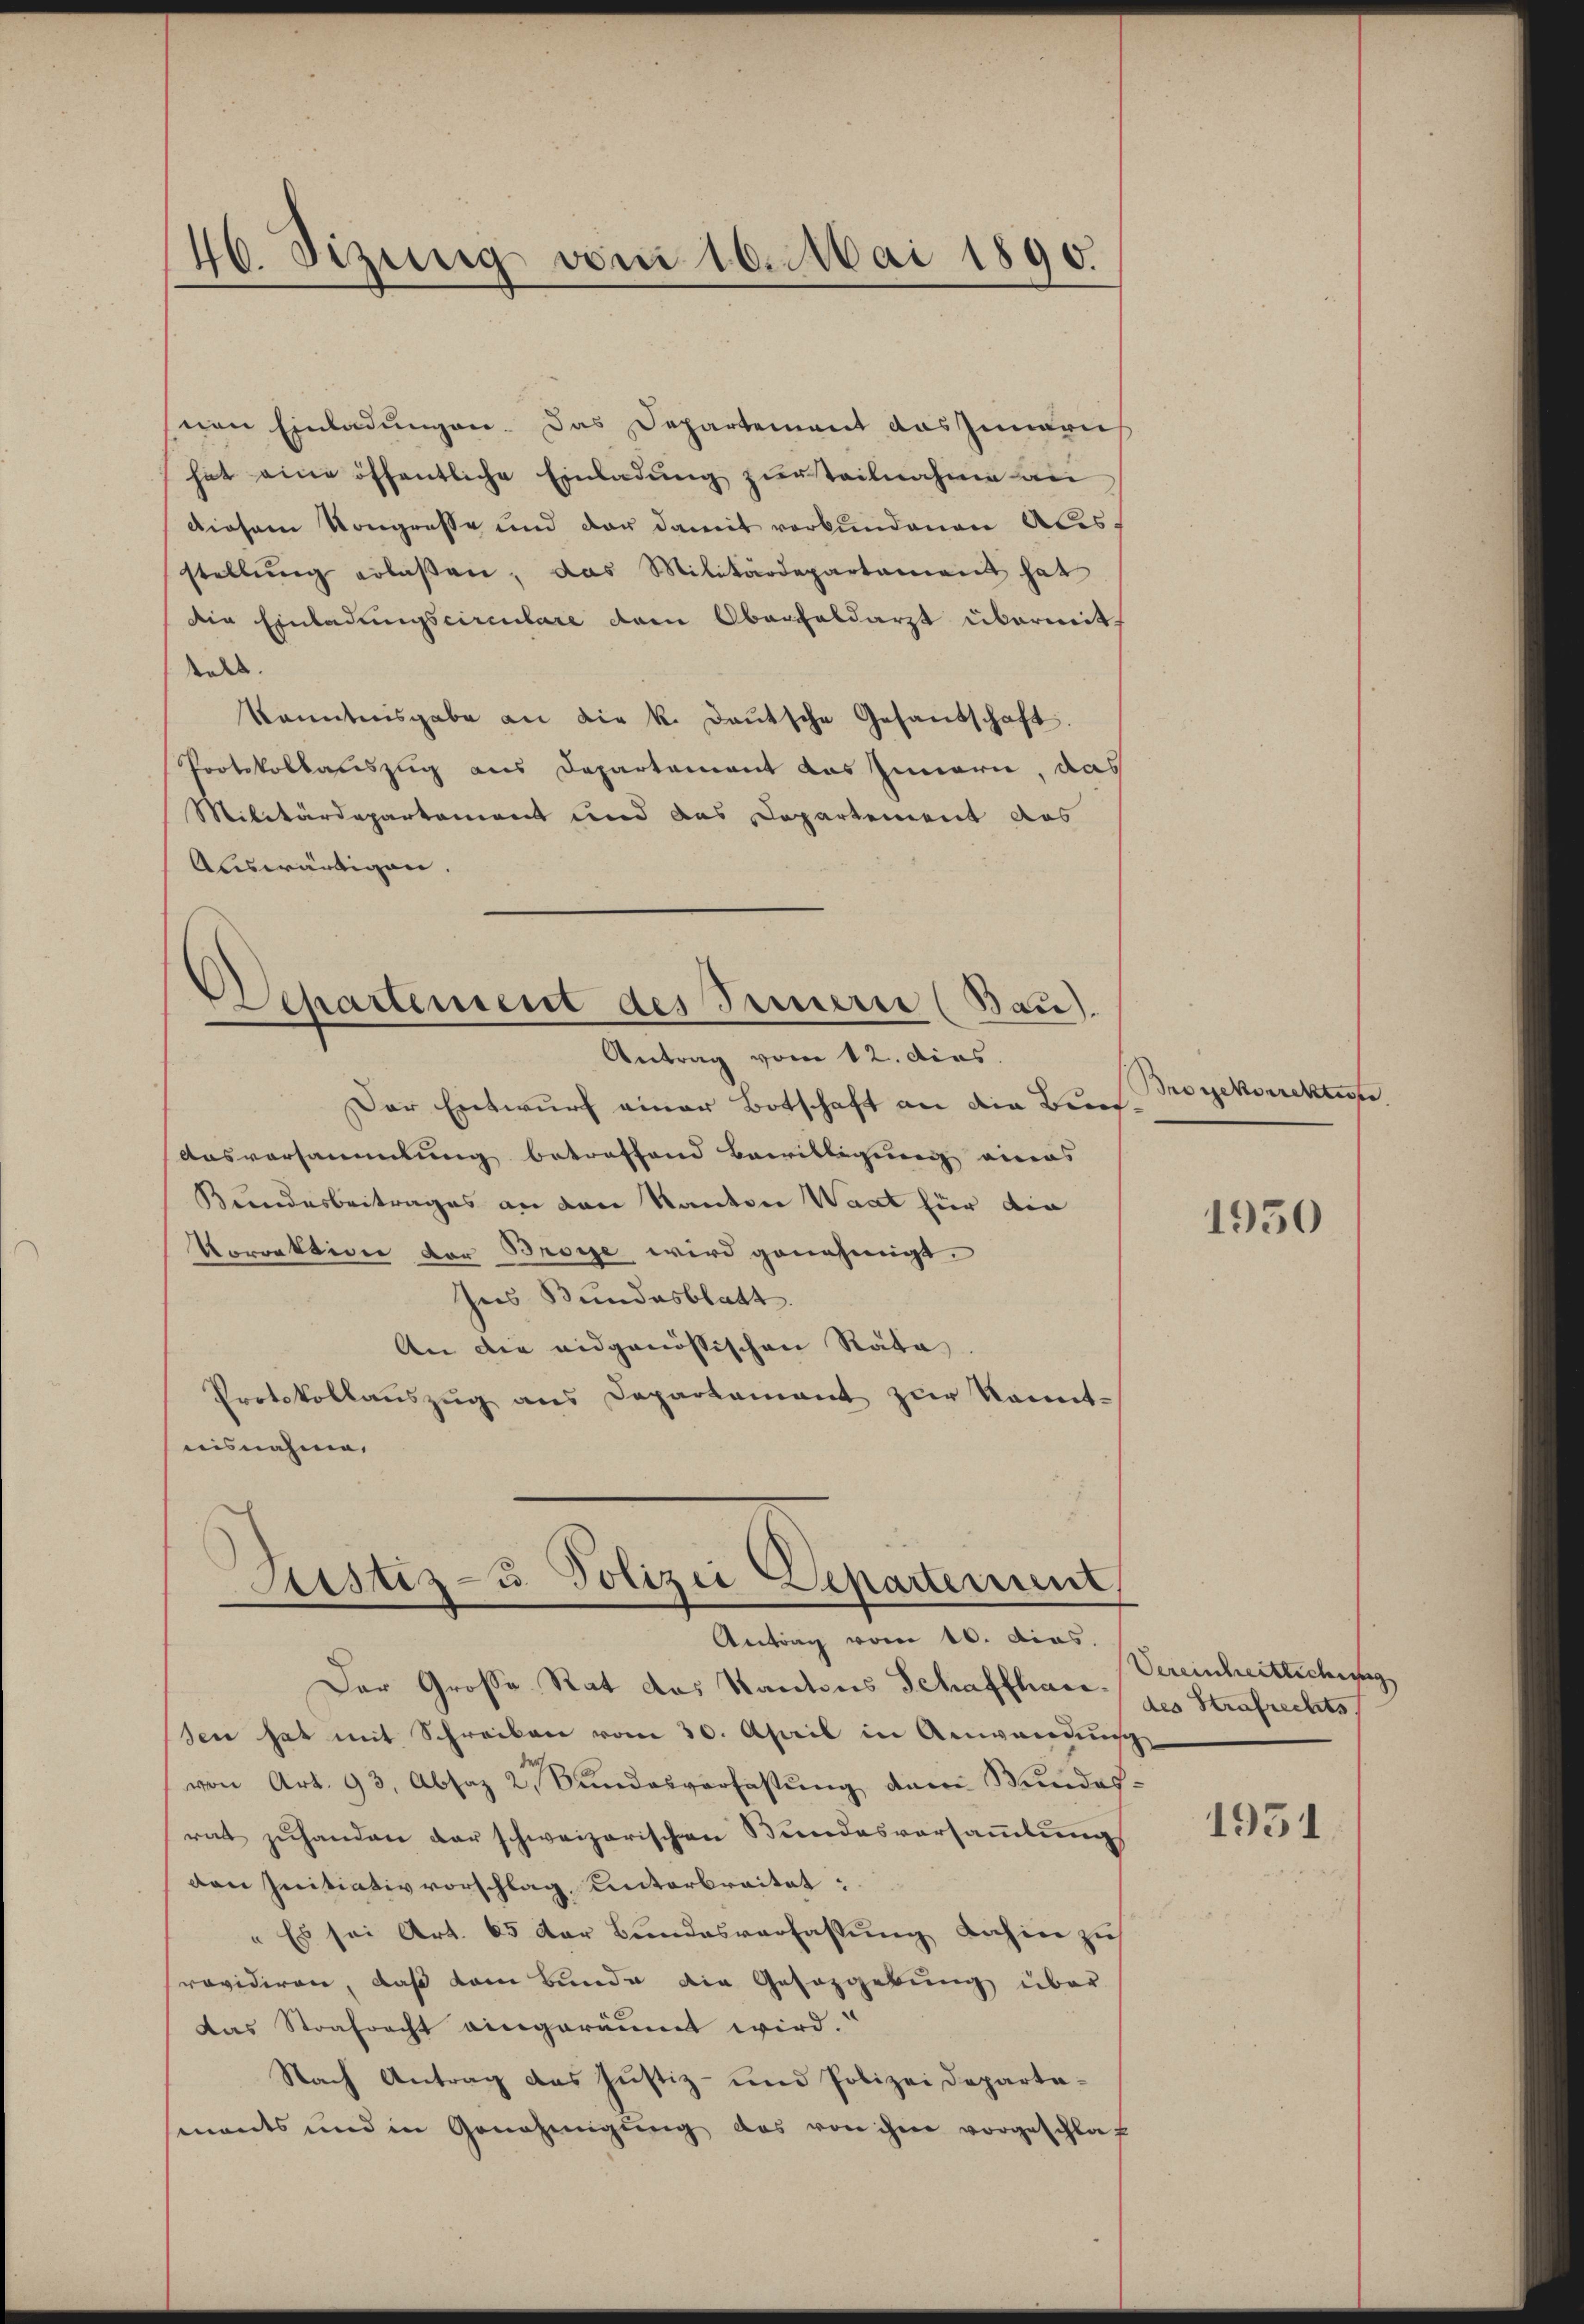
46. Sizung von 10. Mai 1890.

nen Einladungen. Das Departement das Zunden
hat eine öffentliche Einladung zur Teilnahme an
diesem Kongresse und der damit verbundenen Alesstellŭng erlaßen, das Militärdepartement hat
die Einladungscirculare dem Oberfeldarzt übermitals.
kanntensgabe an die k. deŭtsche Gesandschaft.
Protokollauszug aus Departement das Innern, das
Militärdepartement und das Departement des
Auswärtigen.

Departement des Innerie (Bau).
Antrag vom 12. dies

Der Entwurf einer Botschaft an die Bund
Ausversammlung betreffend Bewilligung eines
Beendesbeitrages an den Kanton Waat für die
Vorrektion der Brose wird genehmigt.
Ins Bundesblatt.
An die eidgenössischen Räte.
Protokollaŭszŭg ans Departement zŭr Kennt-
nisnahme.

Justiz- u. Polizei Departement,
Antrag vom 10. dies.

Der Große Rat des Kantons Schaffharz des Strafrechts
sen hat mit Schreiben vom 30. April in Anwendung
von Art. 93, Absaz 2. Bundesverfassung dann Wundesrat zuhanden der schweizerischen Bundesversammlungs
den Initiativvorschlag, unterbreitet:
" Es sei Art. 65 der Bundesverfassung dahin zu
Previdiren, daß dem Bunde die Gesazgebung über
Das Strafrecht eingeräumt wird.
Nach Antrag des Justiz- und Polizei Departaments und in Genehmigŭng das von ihm vorgeschlaf

ouckorrektier

1950

Vereinheitlichung

1951.